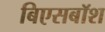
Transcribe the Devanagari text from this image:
बिएसबॉश